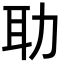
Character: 𦔳